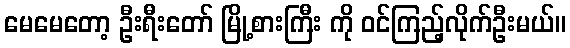
မေမေတော့ ဦးရီးတော် မြို့စားကြီး ကို ဝင်ကြည့်လိုက်ဦးမယ်။